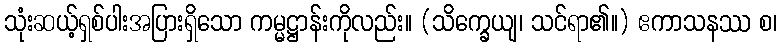
သုံးဆယ့်ရှစ်ပါးအပြားရှိသော ကမ္မဋ္ဌာန်းကိုလည်း။ (သိက္ခေယျ၊ သင်ရာ၏။) ဧကာသနဿ စ၊